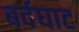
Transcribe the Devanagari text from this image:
बर्दघाट